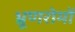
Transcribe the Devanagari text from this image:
भ्रूणरोमों